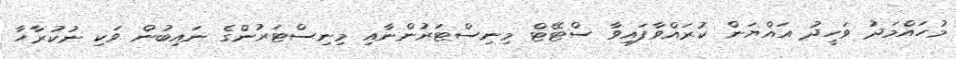
މުހައްމަދު ވަހީދު އައްޔަން ކުރައްވާފައިވާ ސްޓޭޓް މިނިސްޓަރުންނާއި މިނިސްޓަރުންގެ ނައިބުން ވަކި ނުކުރާހާ